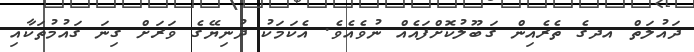
ދައުލަތް އދގެ ތެރެއިން ގަބޫލުކޮށްފައެއް ނުވެއެވެ. އެކަމަކު ދުނިޔޭގެ ވަރަށް ގިނަ ގައުމުތަކާއި